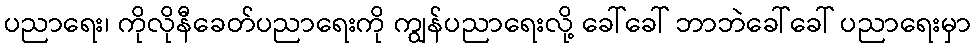
ပညာရေး၊ ကိုလိုနီခေတ်ပညာရေးကို ကျွန်ပညာရေးလို့ ခေါ်ခေါ် ဘာဘဲခေါ်ခေါ် ပညာရေးမှာ